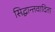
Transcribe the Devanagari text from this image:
सिद्धान्तवादिता